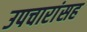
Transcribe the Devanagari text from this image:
उपचारांसह